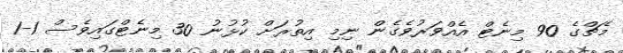
މެޗްގެ 90 މިނެޓް އެއްވަރުވެގެން ނިމި އިތުރަށް ކުޅުނު 30 މިނެޓްގައިވެސް 1-1